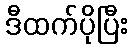
ဒီထက်ပိုပြီး